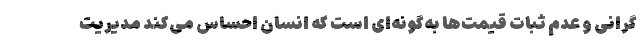
گرانی‌ و عدم ثبات قیمت‌ها به‌گونه‌ای است که انسان احساس می‌کند مدیریت